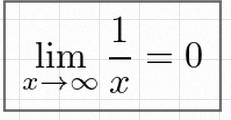
\lim_{x\to\infty}\frac{1}{x}=0